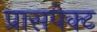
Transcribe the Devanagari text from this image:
प्रासपेक्ट